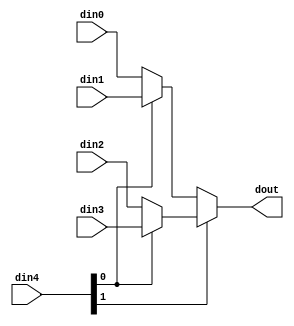
`define EXPONENT 5
`define MANTISSA 10
`define ACTUAL_MANTISSA 11
`define EXPONENT_LSB 10
`define EXPONENT_MSB 14
`define MANTISSA_LSB 0
`define MANTISSA_MSB 9
`define MANTISSA_MUL_SPLIT_LSB 3
`define MANTISSA_MUL_SPLIT_MSB 9
`define SIGN 1
`define SIGN_LOC 15
`define DWIDTH (`SIGN+`EXPONENT+`MANTISSA)
`define IEEE_COMPLIANCE 1

module td_fused_top_mux_464_16_1_1 #(
parameter
    ID                = 0,
    NUM_STAGE         = 1,
    din0_WIDTH       = 32,
    din1_WIDTH       = 32,
    din2_WIDTH       = 32,
    din3_WIDTH       = 32,
    din4_WIDTH         = 32,
    dout_WIDTH            = 32
)(
    input  [15 : 0]     din0,
    input  [15 : 0]     din1,
    input  [15 : 0]     din2,
    input  [15 : 0]     din3,
    input  [63 : 0]    din4,
    output [15 : 0]   dout);

// puts internal signals
wire [63 : 0]     sel;
// level 1 signals
wire [15 : 0]         mux_1_0;
wire [15 : 0]         mux_1_1;
// level 2 signals
wire [15 : 0]         mux_2_0;
// level 3 signals
wire [15 : 0]         mux_3_0;
// level 4 signals
wire [15 : 0]         mux_4_0;
// level 5 signals
wire [15 : 0]         mux_5_0;
// level 6 signals
wire [15 : 0]         mux_6_0;
// level 7 signals
wire [15 : 0]         mux_7_0;
// level 8 signals
wire [15 : 0]         mux_8_0;
// level 9 signals
wire [15 : 0]         mux_9_0;
// level 10 signals
wire [15 : 0]         mux_10_0;
// level 11 signals
wire [15 : 0]         mux_11_0;
// level 12 signals
wire [15 : 0]         mux_12_0;
// level 13 signals
wire [15 : 0]         mux_13_0;
// level 14 signals
wire [15 : 0]         mux_14_0;
// level 15 signals
wire [15 : 0]         mux_15_0;
// level 16 signals
wire [15 : 0]         mux_16_0;
// level 17 signals
wire [15 : 0]         mux_17_0;
// level 18 signals
wire [15 : 0]         mux_18_0;
// level 19 signals
wire [15 : 0]         mux_19_0;
// level 20 signals
wire [15 : 0]         mux_20_0;
// level 21 signals
wire [15 : 0]         mux_21_0;
// level 22 signals
wire [15 : 0]         mux_22_0;
// level 23 signals
wire [15 : 0]         mux_23_0;
// level 24 signals
wire [15 : 0]         mux_24_0;
// level 25 signals
wire [15 : 0]         mux_25_0;
// level 26 signals
wire [15 : 0]         mux_26_0;
// level 27 signals
wire [15 : 0]         mux_27_0;
// level 28 signals
wire [15 : 0]         mux_28_0;
// level 29 signals
wire [15 : 0]         mux_29_0;
// level 30 signals
wire [15 : 0]         mux_30_0;
// level 31 signals
wire [15 : 0]         mux_31_0;
// level 32 signals
wire [15 : 0]         mux_32_0;
// level 33 signals
wire [15 : 0]         mux_33_0;
// level 34 signals
wire [15 : 0]         mux_34_0;
// level 35 signals
wire [15 : 0]         mux_35_0;
// level 36 signals
wire [15 : 0]         mux_36_0;
// level 37 signals
wire [15 : 0]         mux_37_0;
// level 38 signals
wire [15 : 0]         mux_38_0;
// level 39 signals
wire [15 : 0]         mux_39_0;
// level 40 signals
wire [15 : 0]         mux_40_0;
// level 41 signals
wire [15 : 0]         mux_41_0;
// level 42 signals
wire [15 : 0]         mux_42_0;
// level 43 signals
wire [15 : 0]         mux_43_0;
// level 44 signals
wire [15 : 0]         mux_44_0;
// level 45 signals
wire [15 : 0]         mux_45_0;
// level 46 signals
wire [15 : 0]         mux_46_0;
// level 47 signals
wire [15 : 0]         mux_47_0;
// level 48 signals
wire [15 : 0]         mux_48_0;
// level 49 signals
wire [15 : 0]         mux_49_0;
// level 50 signals
wire [15 : 0]         mux_50_0;
// level 51 signals
wire [15 : 0]         mux_51_0;
// level 52 signals
wire [15 : 0]         mux_52_0;
// level 53 signals
wire [15 : 0]         mux_53_0;
// level 54 signals
wire [15 : 0]         mux_54_0;
// level 55 signals
wire [15 : 0]         mux_55_0;
// level 56 signals
wire [15 : 0]         mux_56_0;
// level 57 signals
wire [15 : 0]         mux_57_0;
// level 58 signals
wire [15 : 0]         mux_58_0;
// level 59 signals
wire [15 : 0]         mux_59_0;
// level 60 signals
wire [15 : 0]         mux_60_0;
// level 61 signals
wire [15 : 0]         mux_61_0;
// level 62 signals
wire [15 : 0]         mux_62_0;
// level 63 signals
wire [15 : 0]         mux_63_0;
// level 64 signals
wire [15 : 0]         mux_64_0;

assign sel = din4;

// Generate level 1 logic
assign mux_1_0 = (sel[0] == 0)? din0 : din1;
assign mux_1_1 = (sel[0] == 0)? din2 : din3;

// Generate level 2 logic
assign mux_2_0 = (sel[1] == 0)? mux_1_0 : mux_1_1;

// Generate level 3 logic
assign mux_3_0 = mux_2_0;

// Generate level 4 logic
assign mux_4_0 = mux_3_0;

// Generate level 5 logic
assign mux_5_0 = mux_4_0;

// Generate level 6 logic
assign mux_6_0 = mux_5_0;

// Generate level 7 logic
assign mux_7_0 = mux_6_0;

// Generate level 8 logic
assign mux_8_0 = mux_7_0;

// Generate level 9 logic
assign mux_9_0 = mux_8_0;

// Generate level 10 logic
assign mux_10_0 = mux_9_0;

// Generate level 11 logic
assign mux_11_0 = mux_10_0;

// Generate level 12 logic
assign mux_12_0 = mux_11_0;

// Generate level 13 logic
assign mux_13_0 = mux_12_0;

// Generate level 14 logic
assign mux_14_0 = mux_13_0;

// Generate level 15 logic
assign mux_15_0 = mux_14_0;

// Generate level 16 logic
assign mux_16_0 = mux_15_0;

// Generate level 17 logic
assign mux_17_0 = mux_16_0;

// Generate level 18 logic
assign mux_18_0 = mux_17_0;

// Generate level 19 logic
assign mux_19_0 = mux_18_0;

// Generate level 20 logic
assign mux_20_0 = mux_19_0;

// Generate level 21 logic
assign mux_21_0 = mux_20_0;

// Generate level 22 logic
assign mux_22_0 = mux_21_0;

// Generate level 23 logic
assign mux_23_0 = mux_22_0;

// Generate level 24 logic
assign mux_24_0 = mux_23_0;

// Generate level 25 logic
assign mux_25_0 = mux_24_0;

// Generate level 26 logic
assign mux_26_0 = mux_25_0;

// Generate level 27 logic
assign mux_27_0 = mux_26_0;

// Generate level 28 logic
assign mux_28_0 = mux_27_0;

// Generate level 29 logic
assign mux_29_0 = mux_28_0;

// Generate level 30 logic
assign mux_30_0 = mux_29_0;

// Generate level 31 logic
assign mux_31_0 = mux_30_0;

// Generate level 32 logic
assign mux_32_0 = mux_31_0;

// Generate level 33 logic
assign mux_33_0 = mux_32_0;

// Generate level 34 logic
assign mux_34_0 = mux_33_0;

// Generate level 35 logic
assign mux_35_0 = mux_34_0;

// Generate level 36 logic
assign mux_36_0 = mux_35_0;

// Generate level 37 logic
assign mux_37_0 = mux_36_0;

// Generate level 38 logic
assign mux_38_0 = mux_37_0;

// Generate level 39 logic
assign mux_39_0 = mux_38_0;

// Generate level 40 logic
assign mux_40_0 = mux_39_0;

// Generate level 41 logic
assign mux_41_0 = mux_40_0;

// Generate level 42 logic
assign mux_42_0 = mux_41_0;

// Generate level 43 logic
assign mux_43_0 = mux_42_0;

// Generate level 44 logic
assign mux_44_0 = mux_43_0;

// Generate level 45 logic
assign mux_45_0 = mux_44_0;

// Generate level 46 logic
assign mux_46_0 = mux_45_0;

// Generate level 47 logic
assign mux_47_0 = mux_46_0;

// Generate level 48 logic
assign mux_48_0 = mux_47_0;

// Generate level 49 logic
assign mux_49_0 = mux_48_0;

// Generate level 50 logic
assign mux_50_0 = mux_49_0;

// Generate level 51 logic
assign mux_51_0 = mux_50_0;

// Generate level 52 logic
assign mux_52_0 = mux_51_0;

// Generate level 53 logic
assign mux_53_0 = mux_52_0;

// Generate level 54 logic
assign mux_54_0 = mux_53_0;

// Generate level 55 logic
assign mux_55_0 = mux_54_0;

// Generate level 56 logic
assign mux_56_0 = mux_55_0;

// Generate level 57 logic
assign mux_57_0 = mux_56_0;

// Generate level 58 logic
assign mux_58_0 = mux_57_0;

// Generate level 59 logic
assign mux_59_0 = mux_58_0;

// Generate level 60 logic
assign mux_60_0 = mux_59_0;

// Generate level 61 logic
assign mux_61_0 = mux_60_0;

// Generate level 62 logic
assign mux_62_0 = mux_61_0;

// Generate level 63 logic
assign mux_63_0 = mux_62_0;

// Generate level 64 logic
assign mux_64_0 = mux_63_0;

// output logic
assign dout = mux_64_0;

endmodule